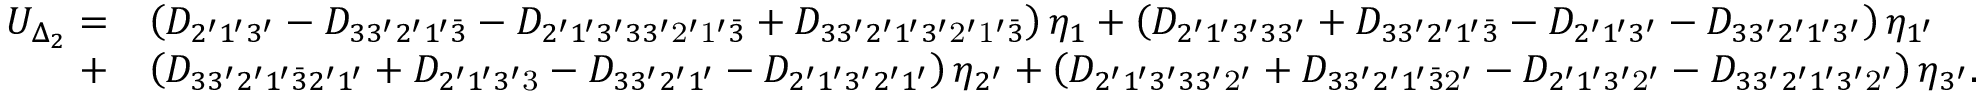
\begin{array} { r l } { U _ { \Delta _ { 2 } } = } & { \left( { { D _ { 2 ^ { \prime } 1 ^ { \prime } 3 ^ { \prime } } } - { D _ { 3 3 ^ { \prime } 2 ^ { \prime } 1 ^ { \prime } \bar { 3 } } } - { D _ { 2 ^ { \prime } 1 ^ { \prime } 3 ^ { \prime } 3 3 ^ { \prime } \mathrm { { 2 ^ { \prime } 1 ^ { \prime } } } \bar { 3 } } } + { D _ { 3 3 ^ { \prime } 2 ^ { \prime } 1 ^ { \prime } 3 ^ { \prime } { \mathrm { 2 ^ { \prime } 1 ^ { \prime } } } \bar { 3 } } } } \right) { \eta _ { 1 } } + \left( { { D _ { 2 ^ { \prime } 1 ^ { \prime } 3 ^ { \prime } 3 3 ^ { \prime } } } + { D _ { 3 3 ^ { \prime } 2 ^ { \prime } 1 ^ { \prime } \bar { 3 } } } - { D _ { 2 ^ { \prime } 1 ^ { \prime } 3 ^ { \prime } } } - { D _ { 3 3 ^ { \prime } 2 ^ { \prime } 1 ^ { \prime } 3 ^ { \prime } } } } \right) { \eta _ { 1 ^ { \prime } } } } \\ { + } & { \left( { { D _ { 3 3 ^ { \prime } 2 ^ { \prime } 1 ^ { \prime } \bar { 3 } 2 ^ { \prime } 1 ^ { \prime } } } + { D _ { 2 ^ { \prime } 1 ^ { \prime } 3 ^ { \prime } \mathrm { { 3 } } } } - { D _ { 3 3 ^ { \prime } 2 ^ { \prime } 1 ^ { \prime } } } - { D _ { 2 ^ { \prime } 1 ^ { \prime } 3 ^ { \prime } 2 ^ { \prime } 1 ^ { \prime } } } } \right) { \eta _ { 2 ^ { \prime } } } + \left( { { D _ { 2 ^ { \prime } 1 ^ { \prime } 3 ^ { \prime } 3 3 ^ { \prime } { \mathrm { 2 ^ { \prime } } } } } + { D _ { 3 3 ^ { \prime } 2 ^ { \prime } 1 ^ { \prime } \bar { 3 } \mathrm { { 2 ^ { \prime } } } } } - { D _ { 2 ^ { \prime } 1 ^ { \prime } 3 ^ { \prime } { \mathrm { 2 ^ { \prime } } } } } - { D _ { 3 3 ^ { \prime } 2 ^ { \prime } 1 ^ { \prime } 3 ^ { \prime } \mathrm { { 2 ^ { \prime } } } } } } \right) { \eta _ { 3 ^ { \prime } } } . } \end{array}